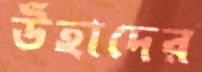
উঁহাদের